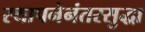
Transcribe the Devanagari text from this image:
स्थापनेनंतरसुद्धा